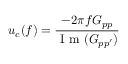
u _ { c } ( f ) = \frac { - 2 \pi f G _ { p p } } { \textrm { I m } ( G _ { p p ^ { \prime } } ) }